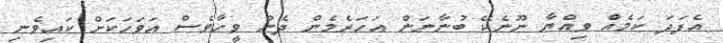
އެފަދަ ކަމެއް ވިއްޔާ ނޫނެކޭ ބުނާނަން އަހަރެމެން ދެން ވީހާވެސް އަވަހަކަށް ކައިވެނި